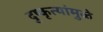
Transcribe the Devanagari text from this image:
दुष्कृत्यांमुळे